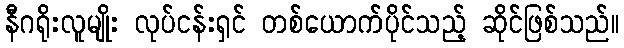
နီဂရိုးလူမျိုး လုပ်ငန်းရှင် တစ်ယောက်ပိုင်သည့် ဆိုင်ဖြစ်သည်။